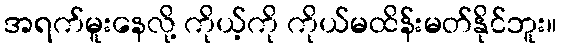
အရက်မူးနေလို့ ကိုယ့်ကို ကိုယ်မထိန်းမတ်နိုင်ဘူး။